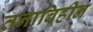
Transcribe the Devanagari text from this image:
तनाविहीन